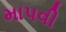
માપવી